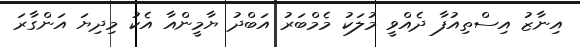
އިނާޒު އިސްތިއުފާ ދެއްވީ މުލަކު މެމްބަރު އަބްދު ޔާމީންއާ އެކު މިދިޔަ އަންގާރަ